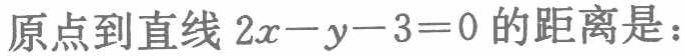
原点到直线\(2x - y - 3 = 0\)的距离是：